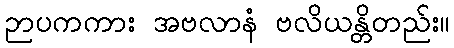
ဉာပကကား အဗလာနံ ဗလိယန္တိတည်း။